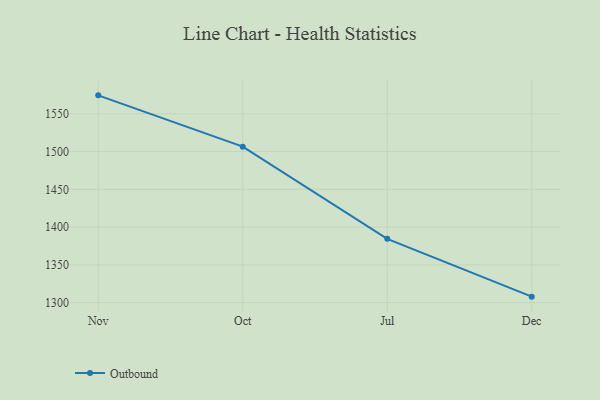
{"axis": {"x": "Month", "y": "Website Visitors"}, "legend": ["Outbound"], "data": [{"x": "Nov", "y": 1574.4, "type": "Outbound"}, {"x": "Oct", "y": 1506.5, "type": "Outbound"}, {"x": "Jul", "y": 1384.4, "type": "Outbound"}, {"x": "Dec", "y": 1307.9, "type": "Outbound"}]}